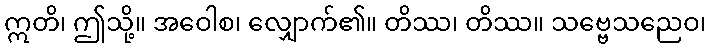
ဣတိ၊ ဤသို့။ အဝေါစ၊ လျှောက်၏။ တိဿ၊ တိဿ။ သဗ္ဗေသညေဝ၊